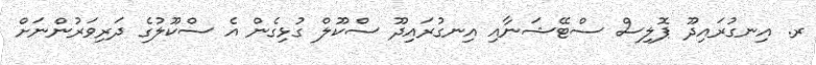
ރ. އިނގުރައިދޫ ޕޮލިސް ސްޓޭޝަނާއި އިނގުރައިދޫ ސްކޫލް ގުޅިގެން އެ ސްކޫލުގެ ދަރިވަރުންނަށް